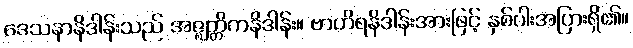
ဒေသနာနိဒါန်းသည် အဇ္ဈတ္တိကနိဒါန်း။ ဗာဟိရနိဒါန်းအားဖြင့် နှစ်ပါးအပြားရှိ၏။